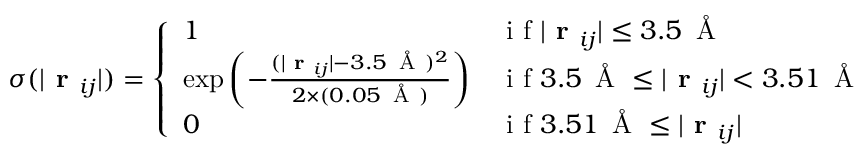
\sigma ( | \textbf { r } _ { i j } | ) = \left\{ \begin{array} { l l } { 1 } & { \mathrm { ~ i ~ f ~ } | \textbf { r } _ { i j } | \leq 3 . 5 \, \mathrm { ~ \AA ~ } } \\ { \exp \left( - \frac { ( | \textbf { r } _ { i j } | - 3 . 5 \, \mathrm { ~ \AA ~ } ) ^ { 2 } } { 2 \times ( 0 . 0 5 \, \mathrm { ~ \AA ~ } ) } \right) } & { \mathrm { ~ i ~ f ~ } 3 . 5 \, \mathrm { ~ \AA ~ } \leq | \textbf { r } _ { i j } | < 3 . 5 1 \, \mathrm { ~ \AA ~ } } \\ { 0 } & { \mathrm { ~ i ~ f ~ } 3 . 5 1 \, \mathrm { ~ \AA ~ } \leq | \textbf { r } _ { i j } | } \end{array} \right.